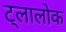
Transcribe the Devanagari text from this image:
ट्लालोक